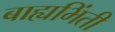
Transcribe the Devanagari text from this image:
बाह्यभिंती